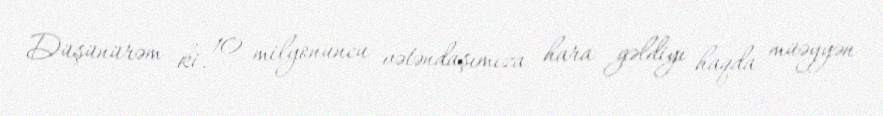
Düşünürəm ki, 10 milyonuncu vətəndaşımıza hara gəldiyi haqda müəyyən